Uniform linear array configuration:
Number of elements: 48
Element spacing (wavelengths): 1
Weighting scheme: kaiser
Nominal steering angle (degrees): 15
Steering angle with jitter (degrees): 16.079
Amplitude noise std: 0.05
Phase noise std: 0.05

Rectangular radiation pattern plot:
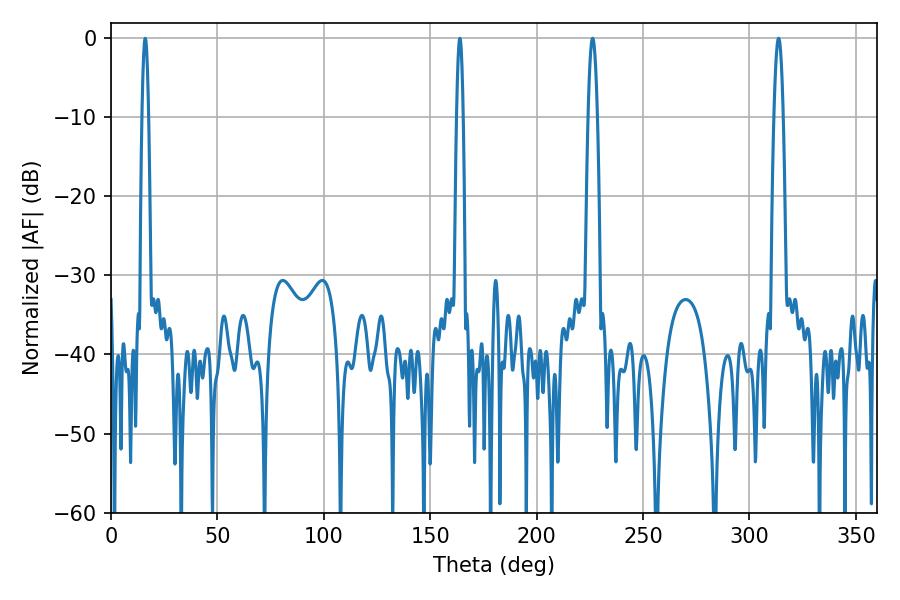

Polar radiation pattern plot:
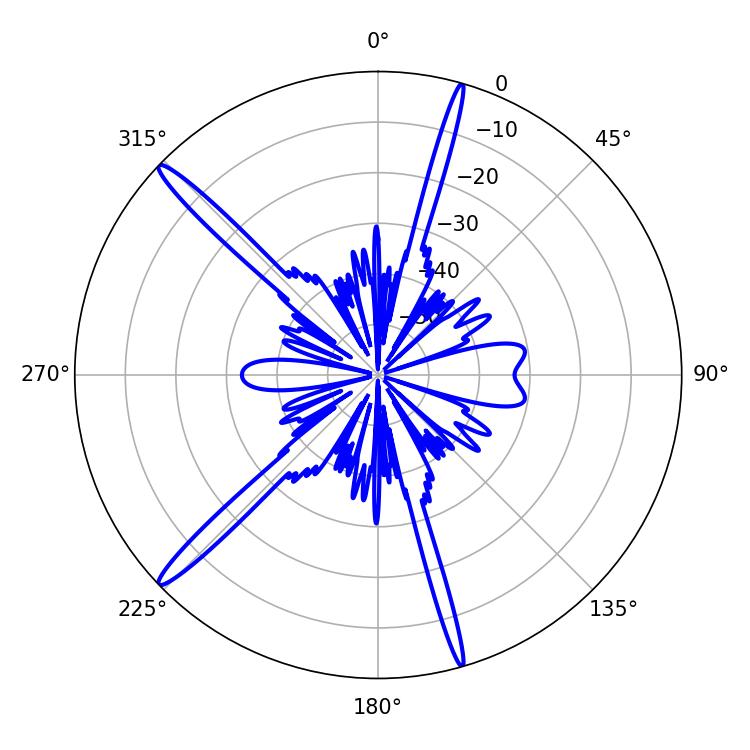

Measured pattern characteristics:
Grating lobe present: TRUE
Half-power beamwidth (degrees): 2.34
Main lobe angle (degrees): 226.26